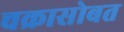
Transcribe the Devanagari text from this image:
चक्रासोबत